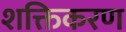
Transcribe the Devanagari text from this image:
शक्तिकरण